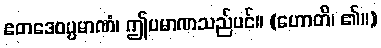
ဧတဒေဝပ္ပမာဏံ၊ ဤပမာဏသည်ပင်။ (ဟောတိ၊ ၏။)